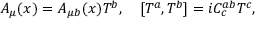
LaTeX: A _ { \mu } ( x ) = A _ { \mu b } ( x ) T ^ { b } , \quad [ T ^ { a } , T ^ { b } ] = i C _ { c } ^ { a b } T ^ { c } ,